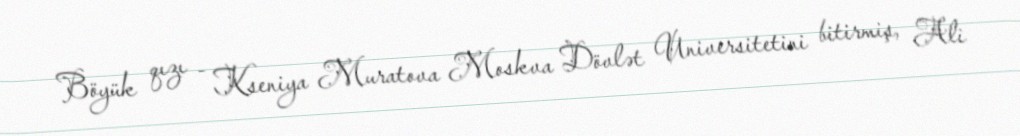
Böyük qızı - Kseniya Muratova Moskva Dövlət Universitetini bitirmiş, Ali